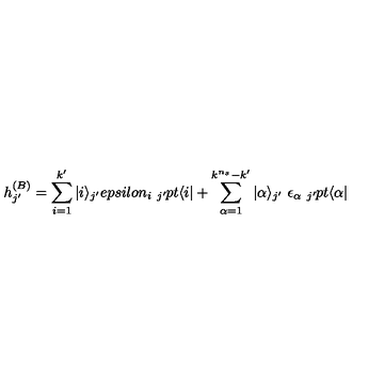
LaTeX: h _ { j ^ { \prime } } ^ { ( B ) } = \sum _ { i = 1 } ^ { k ^ { \prime } } | i \rangle _ { j ^ { \prime } } e p s i l o n _ { i } \ _ { j ^ { \prime } } \hspace * { - 1 p t } \langle i | + \sum _ { \alpha = 1 } ^ { k ^ { n _ { s } } - k ^ { \prime } } | \alpha \rangle _ { j ^ { \prime } } \ \epsilon _ { \alpha } \ _ { j ^ { \prime } } \hspace * { - 1 p t } \langle \alpha |